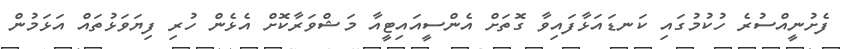
ފެށުނީއްސުރެ ހުކުމުގައި ކަނޑައަޅާފައިވާ ގޮތަށް އެންސީއައިޓީއާ މަޝްވަރާކޮށް އެޅެން ހުރި ފިޔަވަޅުތައް އަޅަމުން